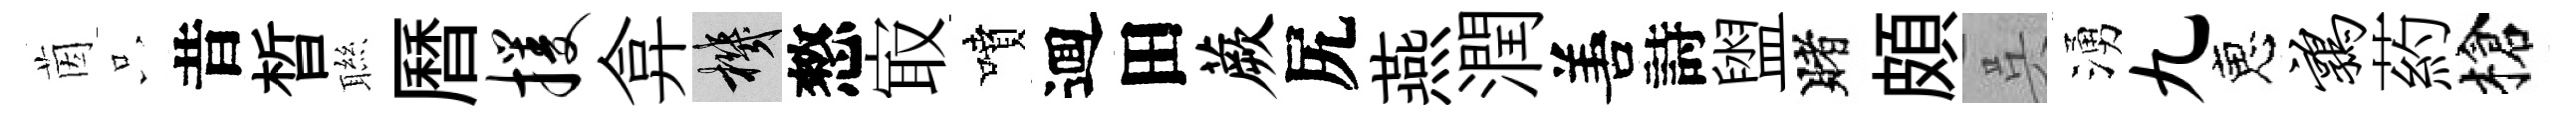
茵只昔晳聮曆攫弇機憗㝡噴逥田蕨尻燕潤𠵊詩盥賭頗呉湧九恵鹑葯槍